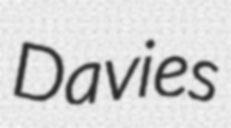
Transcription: Davies